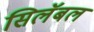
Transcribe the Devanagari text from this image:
सिलॅबल